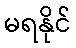
မရနိုင်